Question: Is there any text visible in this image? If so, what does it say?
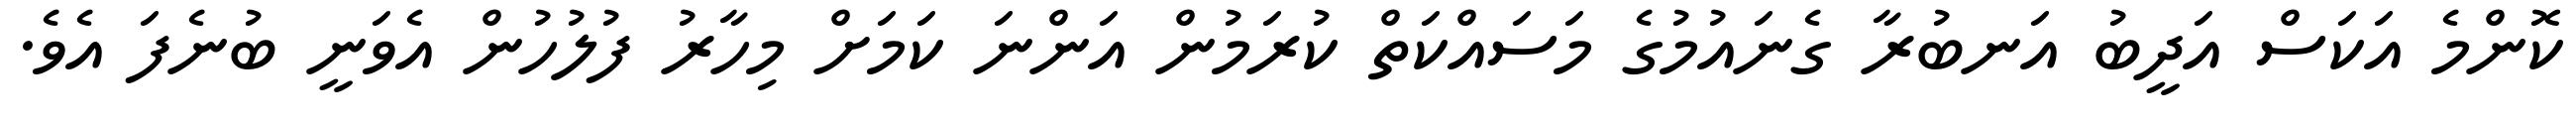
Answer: ކޮންމެ އަކަސް އަދީބު އަނބުރާ ގެނައުމުގެ މަސައްކަތް ކުރަމުން އަންނަ ކަމަށް މިހާރު ފުލުހުން އެވަނީ ބުނެފަ އެވެ.